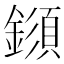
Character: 𨬗